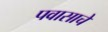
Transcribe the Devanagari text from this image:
पवासाचे